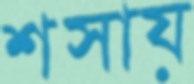
শসায়